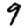
Digit: 9